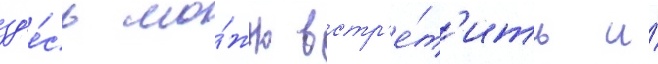
зд'е́сь мо́жно встр'е́т'ить и́